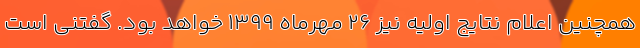
همچنین اعلام نتایج اولیه نیز ۲۶ مهرماه ۱۳۹۹ خواهد بود. گفتنی است